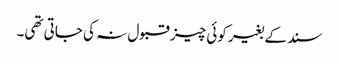
سند کے بغیر کوئی چیز قبول نہ کی جاتی تھی۔